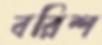
বরিশ